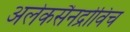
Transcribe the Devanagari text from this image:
अलेकसैनद्रोविच